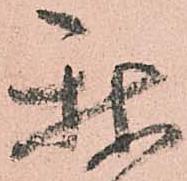
我